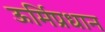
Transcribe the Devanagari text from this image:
ऊर्मिप्रधान